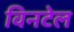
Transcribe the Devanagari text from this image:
विनटेल